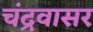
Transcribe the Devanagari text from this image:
चंद्रवासर